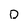
Character: o